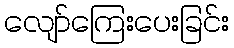
လျော်ကြေးပေးခြင်း